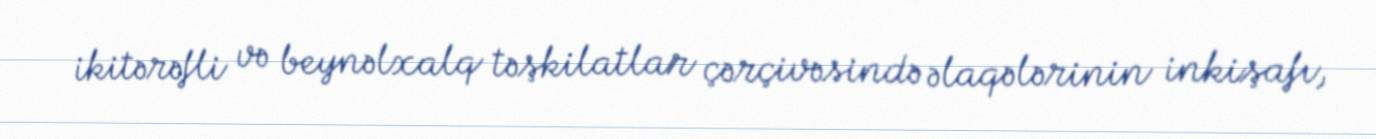
ikitərəfli və beynəlxalq təşkilatlar çərçivəsində əlaqələrinin inkişafı,